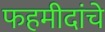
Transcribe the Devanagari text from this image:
फहमीदांचे